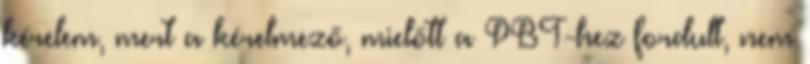
kérelem, mert a kérelmező, mielőtt a PBT-hez fordult, nem